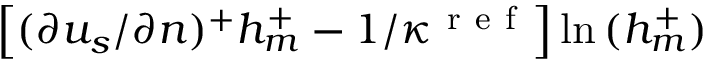
\left[ ( \partial { u _ { s } } / \partial { n } ) ^ { + } h _ { m } ^ { + } - 1 / \kappa ^ { \mathrm { ~ r ~ e ~ f ~ } } \right] \ln { ( h _ { m } ^ { + } ) }